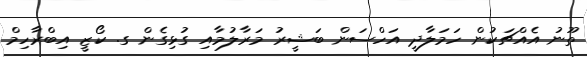
ތޫނު އެއްޗަކުން ހަމަލާދީ އަހްސަން ބަޝީރު މަރާލުމާއި ގުޅިގެން ގ. ކޯޒީ އިބްރާހިމް